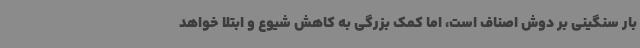
بار سنگینی بر دوش اصناف است، اما کمک بزرگی به کاهش شیوع و ابتلا خواهد